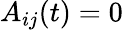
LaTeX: A_{ij}(t)=0